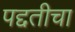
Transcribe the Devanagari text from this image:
पद्दतीचा